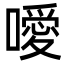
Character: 噯